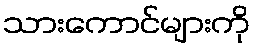
သားကောင်များကို